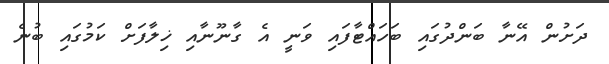
ދަށުން އޭނާ ބަންދުގައި ބަހައްޓާފައި ވަނީ އެ ގާނޫނާއި ޚިލާފަށް ކަމުގައި ބުނެ